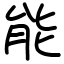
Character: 能